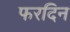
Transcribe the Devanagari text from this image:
फरदिन